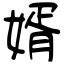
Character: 婿